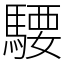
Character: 騕